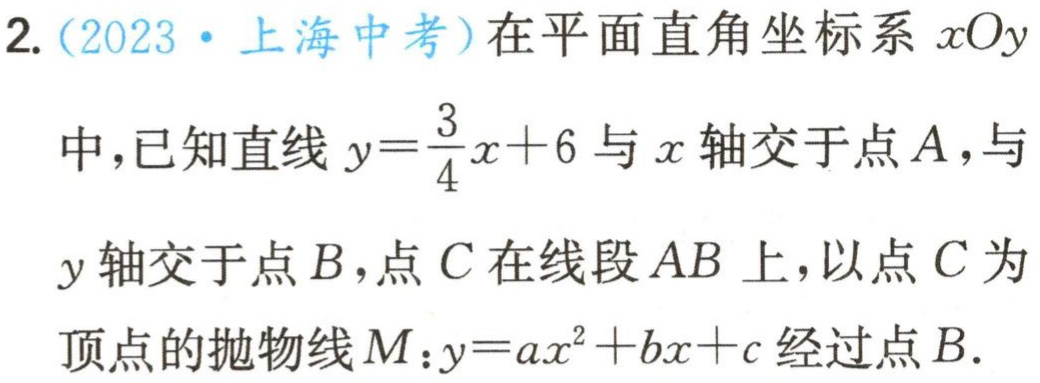
2. (2023·上海中考)在平面直角坐标系\(xOy\)中，已知直线\(y = \frac{3}{4}x + 6\)与\(x\)轴交于点\(A\)，与\(y\)轴交于点\(B\)，点\(C\)在线段\(AB\)上，以点\(C\)为顶点的抛物线\(M:y = ax^{2}+bx + c\)经过点\(B\).